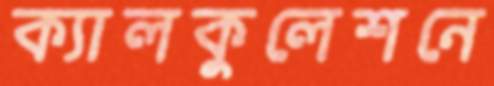
ক্যালকুলেশনে